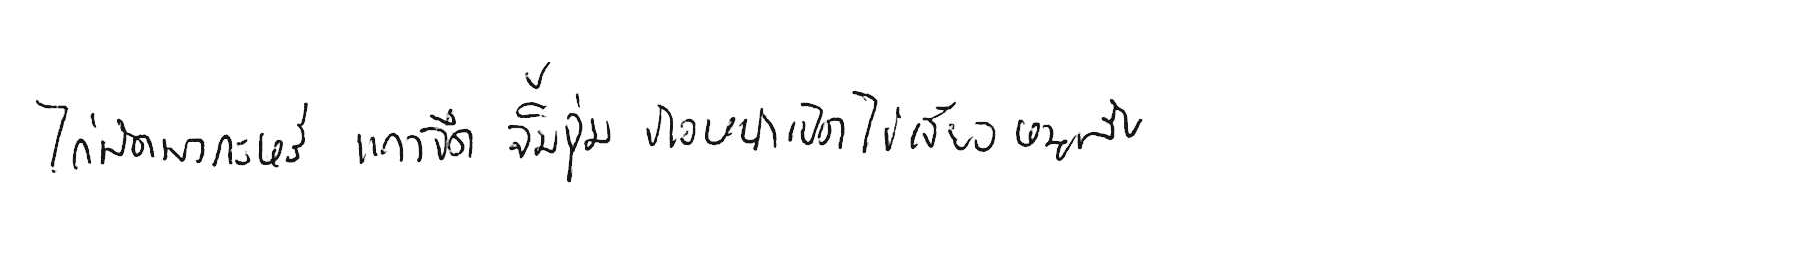
ไก่ผัดผงกะหรี่ แกงจืด จิ้มจุ่ม ข้าวหน้าเป็ด ไข่เจียวหมูสับ